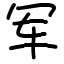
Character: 军